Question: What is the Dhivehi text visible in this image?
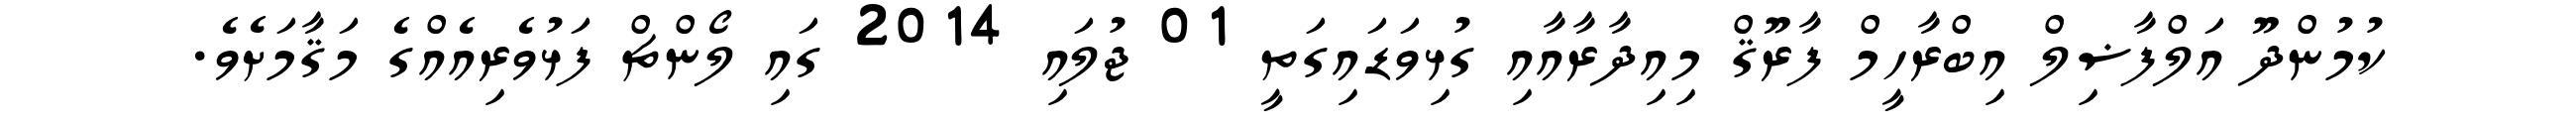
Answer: ކުމުންދޫ އަލްފާޟިލް އިބްރާހީމް ފާރޫޤް މިއިދާރާއާއި ގުޅިވަޑައިގަތީ 01 ޖުލައި 2014 ގައި ލޯންޗް ފަޅުވެރިއެއްގެ މަޤާމަށެވެ.